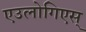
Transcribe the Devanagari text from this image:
एउलोगिएस्